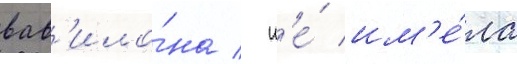
вав'ило́на / н'е́ им'е́ла